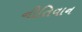
નીતિવાન